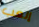
إلعب